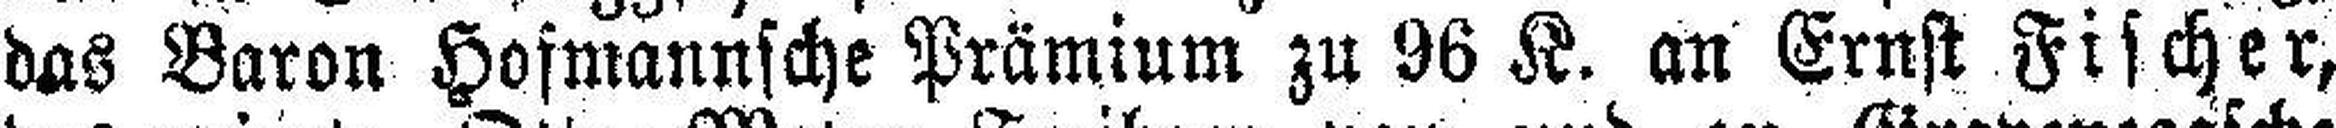
das Baron Hofmannsche Prämium zu 96 K. an Ernst Fischer,